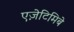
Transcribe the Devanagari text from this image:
एज़ेटिमिबे